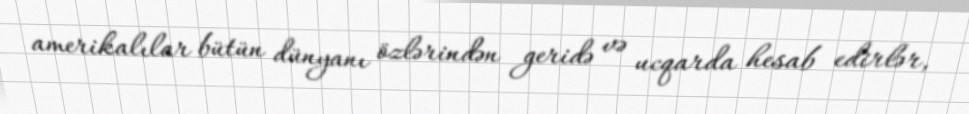
amerikalılar bütün dünyanı özlərindən geridə və ucqarda hesab edirlər,